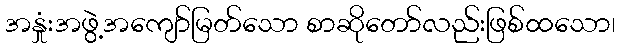
အနှုံးအဖွဲ့အကျော်မြတ်သော စာဆိုတော်လည်းဖြစ်ထသော၊